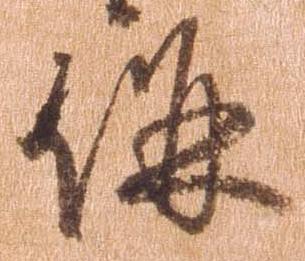
併